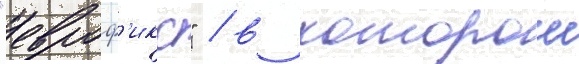
"евроф'икс" / в которои